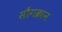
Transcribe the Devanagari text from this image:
सौंगक्रान